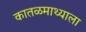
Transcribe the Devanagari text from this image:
कातळमाथ्याला